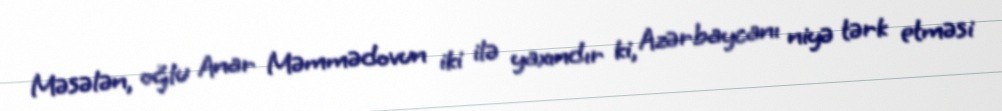
Məsələn, oğlu Anar Məmmədovun iki ilə yaxındır ki, Azərbaycanı niyə tərk etməsi